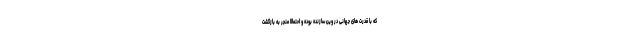
که با قدرت های جهانی در وین سازنده بوده و احتمالا منجر به بازگشت